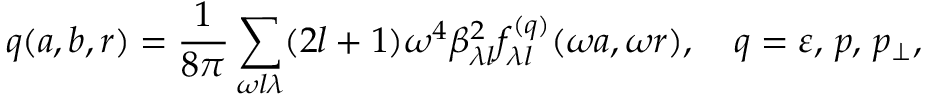
q ( a , b , r ) = \frac { 1 } { 8 \pi } \sum _ { \omega l \lambda } ( 2 l + 1 ) \omega ^ { 4 } \beta _ { \lambda l } ^ { 2 } f _ { \lambda l } ^ { ( q ) } ( \omega a , \omega r ) , \quad q = \varepsilon , \, p , \, p _ { \perp } ,